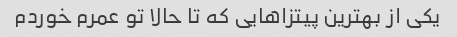
یکی از بهترین پیتزاهایی که تا حالا تو عمرم خوردم